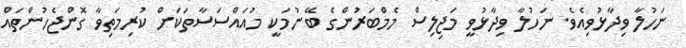
ނަހުލާ ވިދާޅުވިއެވެ. ނަހުލާ ވިދާޅުވީ މަޖިލިސް މެމްބަރުންގެ ބޭނުމަކީ މުއައްސަސާތަކަށް ކުރިމަތިވާ ގޮންޖެހުންތައް